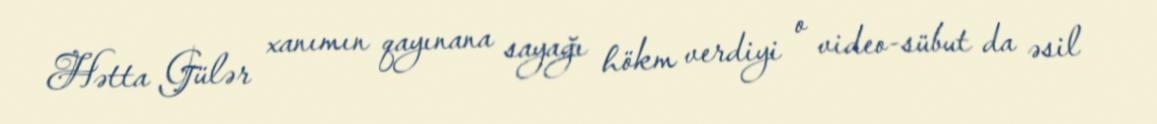
Hətta Gülər xanımın qayınana sayağı hökm verdiyi o video-sübut da əsil